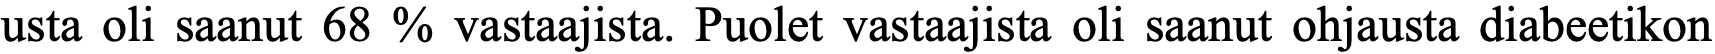
usta oli saanut 68 % vastaajista. Puolet vastaajista oli saanut ohjausta diabeetikon